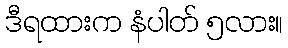
ဒီရထားက နံပါတ် ၅လား။